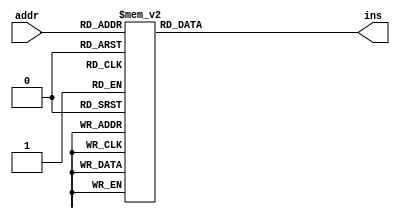
module InstrMemory1(input [4:0]addr, output [15:0]ins);
    reg [15:0]ins;
    
    always @(addr)
    case(addr)
                          //ctrl_adrA_adrB_adrC/offset        
        5'b00000: ins = 16'b1000_1111_0000_1110; // 00)       R0 = 0
        5'b00001: ins = 16'b1000_1111_0001_1110; // 01)       R1 = 0
        5'b00010: ins = 16'b1000_1111_0100_0000; // 02)       R4 = 1 (from MM)
        5'b00011: ins = 16'b1000_1111_0010_0001; // 03)       R2 <= MM[1] (3)
        5'b00100: ins = 16'b1000_1111_0011_0010; // 04)       R3 <= MM[2] (4)
        5'b00101: ins = 16'b0010_0001_0010_0001; // 05) LOOP: R1 = R1 + R2
        5'b00110: ins = 16'b0110_0011_0100_0011; // 06)       R3 = R3 - 1 (R3 = R3 - R4)
        5'b00111: ins = 16'b1110_0011_0000_1101; // 07)       BNE R3, 0, LOOP
        5'b01000: ins = 16'b1010_1111_0001_0111; // 08)       R1 -> MM[7] (12)
        5'b01001: ins = 16'b1000_1111_0011_0111; // 09)       R3 <= MM[7] (12)
        5'b01010: ins = 16'b1000_1111_0000_0110; // 10)       R0 = FF
        5'b01011: ins = 16'b1111_0000_0001_1111; // 11)       JMP 31
        5'b01100: ins = 16'b0000_0000_0000_0000;
        5'b01101: ins = 16'b0000_0000_0000_0000;  
        5'b01110: ins = 16'b0000_0000_0000_0000;
        5'b01111: ins = 16'b0000_0000_0000_0000; // Program 2: 30/5=6
        5'b10000: ins = 16'b1000_1111_0000_1110; // 16)       R0 <= MM[14] (0)
        5'b10001: ins = 16'b1000_1111_0100_0000; // 17)       R4 <= MM[0] (1)
        5'b10010: ins = 16'b1000_1111_0010_0100; // 18)       R2 <= MM[4] (5)
        5'b10011: ins = 16'b1000_1111_0011_0101; // 19)       R3 <= MM[5] (30)
        5'b10100: ins = 16'b0111_0011_0010_0101; // 20) LOOP: SLT R3, R2, R5   
        5'b10101: ins = 16'b1110_0101_1111_0011; // 21)       BNE R5, R15, END
        5'b10110: ins = 16'b0110_0011_0010_0011; // 22)       R3 = R3 - R2
        5'b10111: ins = 16'b0010_0000_0100_0000; // 23)       R0 = R0 + 1 
        5'b11000: ins = 16'b1111_0000_0001_0100; // 24)       JMP LOOP      
        5'b11001: ins = 16'b1111_0000_0000_0000; // 25) END:  JMP 0
        5'b11010: ins = 16'b0000_0000_0000_0000;
        5'b11011: ins = 16'b0000_0000_0000_0000;
        5'b11100: ins = 16'b0000_0000_0000_0000;
        5'b11101: ins = 16'b0000_0000_0000_0000;
        5'b11110: ins = 16'b0000_0000_0000_0000;  
        5'b11111: ins = 16'b1111_0000_0001_0000; // 31) JMP 16
    endcase
endmodule